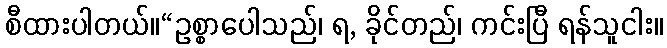
စီထားပါတယ်။“ဥစ္စာပေါသည်၊ ရ, ခိုင်တည်၊ ကင်းပြီ ရန်သူငါး။